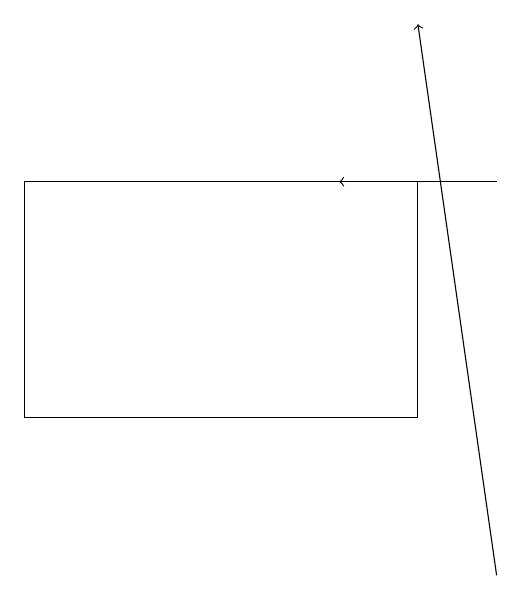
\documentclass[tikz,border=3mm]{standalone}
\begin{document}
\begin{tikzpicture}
\draw[->] (7,11) -- (6,18);
\draw[->] (7,16) -- (5,16);
\draw (1,16) rectangle (6,13);
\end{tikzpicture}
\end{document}